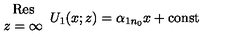
\begin{array} { c } { \mathrm { R e s } } \\ { z = \infty } \\ \end{array} U _ { 1 } ( x ; z ) = \alpha _ { 1 n _ { 0 } } x + \mathrm { c o n s t }